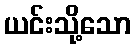
ယင်းသို့သော